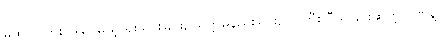
မထင်ပါဘူး၊ ဒါပေမယ့် ရိုးသားခြင်း, သတ္တိမနည်းခြင်း, လူကြီး ပီသခြင်းဆိုတဲ့ ဂုဏ်နဲ့